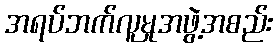
အရပ်ဘက်လူမှုအဖွဲ့အစည်း